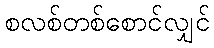
စလစ်တစ်စောင်လျှင်